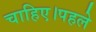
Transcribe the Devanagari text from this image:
चाहिए।पहले